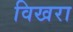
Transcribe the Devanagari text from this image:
विखरा